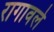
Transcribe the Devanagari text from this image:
रागावले